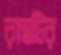
রাস্তটির